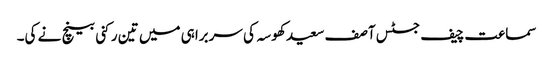
سماعت چیف جسٹس آصف سعید کھوسہ کی سربراہی میں تین رکنی بینچ نے کی۔